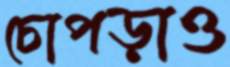
চোপড়াও